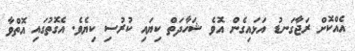
އެއްކޮށް ރަޖާގަނޑު އަޅައިގެން އޮވެ ޝަހާދަތް ކިޔައި ކުރުސި ކިޔެވެ. އެގޮތުގައި އޮތްވާ